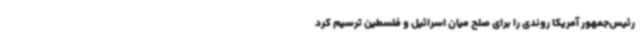
رئیس‌جمهور آمریکا روندی را برای صلح میان اسرائیل و فلسطین ترسیم کرد